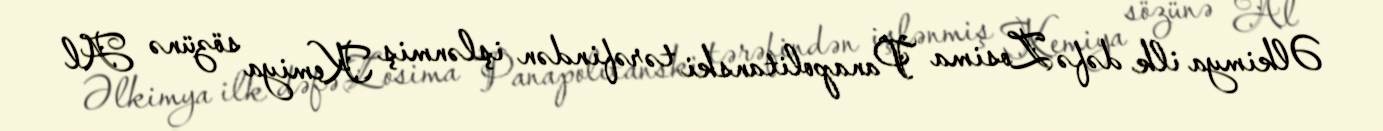
Əlkimya ilk dəfə Zosima Panapolitanski tərəfindən işlənmiş Kemiya sözünə Al